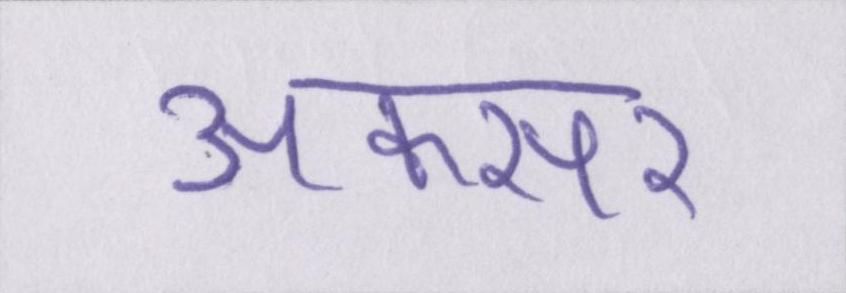
अकसर